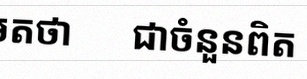
សន្មតថា x ជាចំនួនពិត